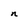
Character: n